画像に写った文字を読んでください
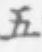
「五」と書いてあります